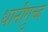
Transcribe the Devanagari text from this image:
धानीगुच्द